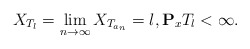
\begin{align*}X_{T_l}=\lim_{n\rightarrow \infty} X_{T_{a_n}}=l,\mathbf{P}_xT_l<\infty. \end{align*}